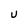
Character: U